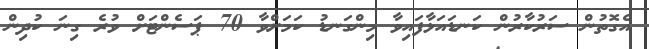
އެގޮތުން ސަރުކާރުން ކަނޑައަޅާފައިވާ މިންގަނޑު ކަމަށްވާ 70 ޕަސެންޓަށް ވުރެ ގިނަ ކުދިން